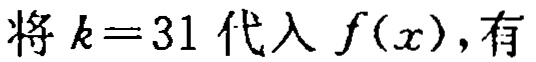
将 \(k = 31\) 代入 \(f(x)\)，有